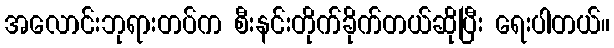
အလောင်းဘုရားတပ်က စီးနင်းတိုက်ခိုက်တယ်ဆိုပြီး ရေးပါတယ်။